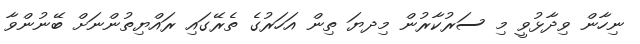
ނިހާން ވިދާޅުވީ މި ސަރުކާރުން މިިދޔަ ތިން އަހަރުގެ ތެރޭގައި ރައްޔިތުންނަށް ބޭނުންވާ